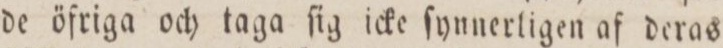
de öfriga och taga ſig icke ſynnerligen af deras